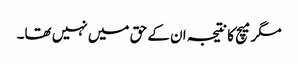
مگر میچ کا نتیجہ ان کے حق میں نہیں تھا۔